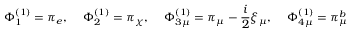
\Phi _ { 1 } ^ { ( 1 ) } = \pi _ { e } , \quad \, \Phi _ { 2 } ^ { ( 1 ) } = \pi _ { \chi } , \, \quad \Phi _ { 3 \mu } ^ { ( 1 ) } = \pi _ { \mu } - \frac { i } { 2 } \xi _ { \mu } , \quad \, \Phi _ { 4 \mu } ^ { ( 1 ) } = \pi _ { \mu } ^ { b }